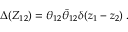
\Delta ( Z _ { 1 2 } ) = \theta _ { 1 2 } { \bar { \theta } } _ { 1 2 } \delta ( z _ { 1 } - z _ { 2 } ) \; .